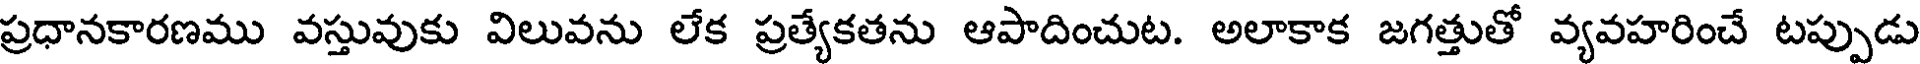
ప్రధానకారణము వస్తువుకు విలువను లేక ప్రత్యేకతను ఆపాదించుట. అలాకాక జగత్తుతో వ్యవహరించే టప్పుడు